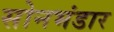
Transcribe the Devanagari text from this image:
सोनभंडार